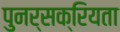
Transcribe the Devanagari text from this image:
पुनर्सक्रियता